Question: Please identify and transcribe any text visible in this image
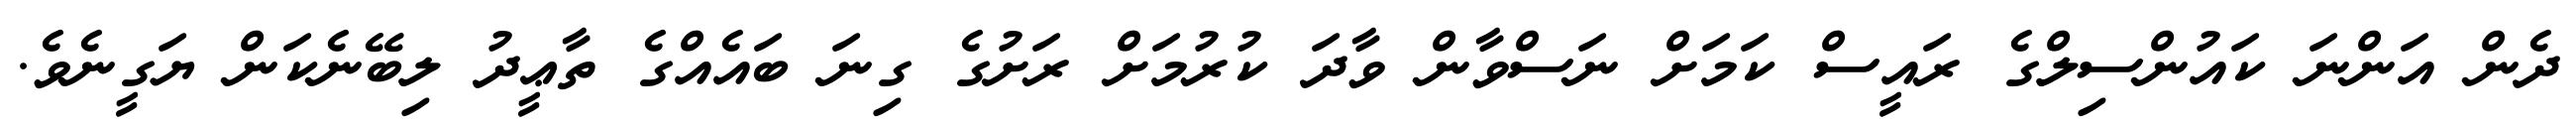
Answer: ދެން އަންނަ ކައުންސިލްގެ ރައީސް ކަމަށް ނަސްވާން ވާދަ ކުރުމަށް ރަށުގެ ގިނަ ބައެއްގެ ތާޢީދު ލިބޭނެކަން ޔަގީނެވެ.